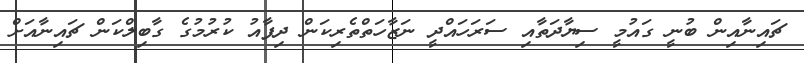
ޗައިނާއިން ބުނީ ގައުމީ ސިޔާދަތާއި ސަރަހައްދީ ނަޒާހަތްތެރިކަން ދިފާއު ކުރުމުގެ ގާބިލްކަން ޗައިނާއަށް